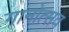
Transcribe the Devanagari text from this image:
गानोत्सव